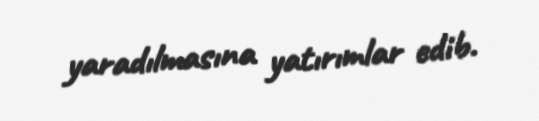
yaradılmasına yatırımlar edib.